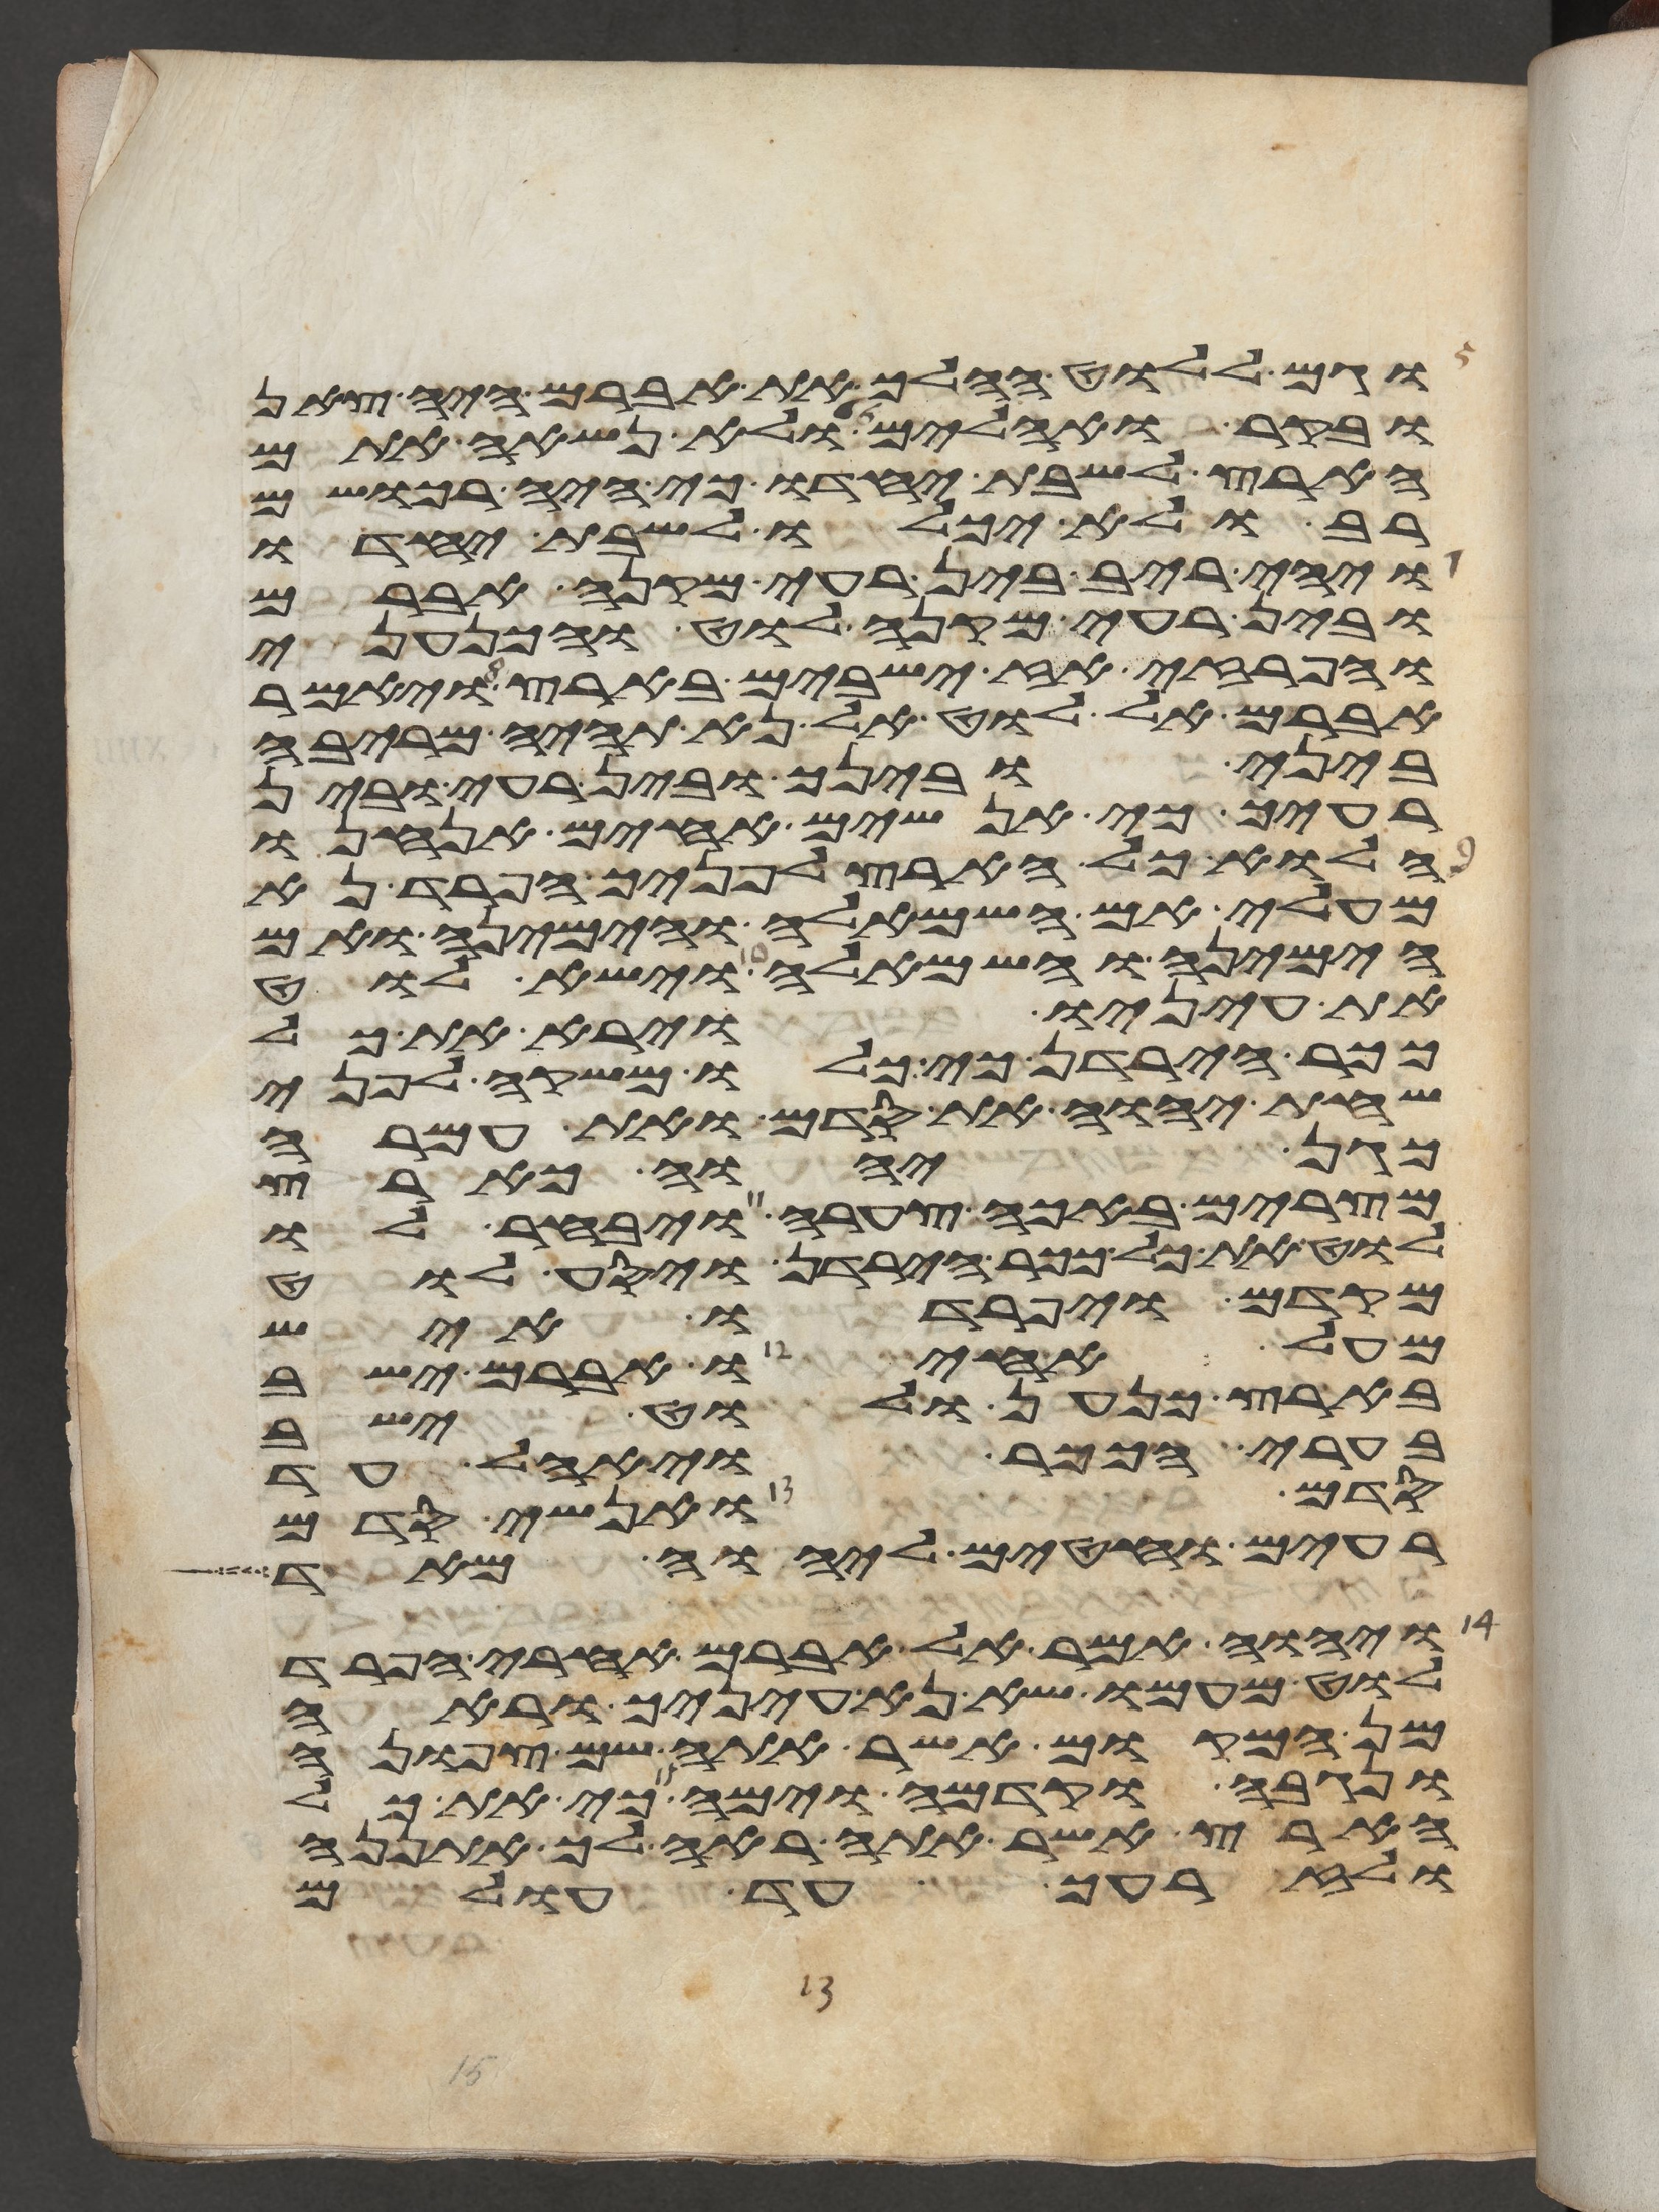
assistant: וגם ללוט ההלך את אברם היה צאן
ובקר ואהלים ולא נשאה אתם
הארץ לשבת יחדו כי היה רכושם
רב ולא יכלו לשבת יחדו
ויהי ריב בין רעי מקנה אברם
ובין רעי מקנה לוט והכנעני
והפרזי אז ישבים בארץ ויאמר
אברם אל לוט אל נא תהיה מריבה
ביני ובינך ובין רעי ובין
רעיך כי אנשים אחים אנחנו
הלוא כל הארץ לפניך הפרד נא
מעלי אם השמאלה והימינה ואם
הימינה והשמאלה וישא לוט
את עיניו וירא את כל
ככר הירדן כי כלו משקה לפני
שחת יהוה את סדם ואת עמרה
כגן יהוה כארץ
מצרים באכה צערה ויבחר לו
לוט את כל ככר הירדן ויסע לוט
מקדם ויפרדו איש
מעל אחיו אברם ישב
בארץ כנען ולוט ישב
בערי הככר ויאהל עד
סדם ואנשי סדם
רעים וחטאים ליהוה מאד
ויהוה אמר אל אברם אחרי הפרד
לוט מעמו שא נא עיניך וראה
מן המקום אשר אתה שם צפונה
ונגבה וקדמה וימה כי את כל
הארץ אשר אתה ראה לך אתננה
ולזרעך עד עולם